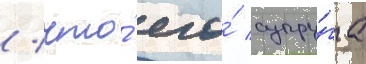
/ что́ его́ супру́га